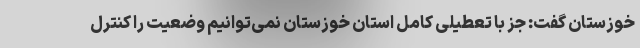
خوزستان گفت: جز با تعطیلی کامل استان خوزستان نمی‌توانیم وضعیت را کنترل